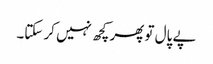
پے پال تو پھر کچھ نہیں کر سکتا۔